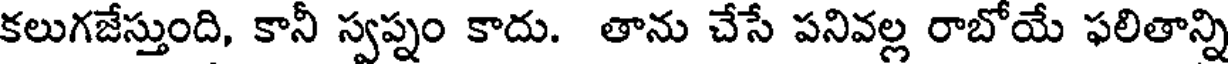
కలుగజేస్తుంది, కానీ స్వప్నం కాదు. తాను చేసే పనివల్ల రాబోయే ఫలితాన్ని